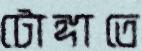
টোঙ্গাতে